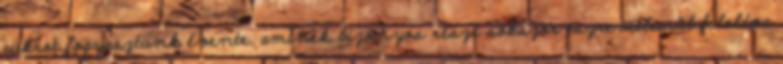
cukrot fogyasztunk évente, aminek bizonyos része sokszor észrevétlenül feloldva